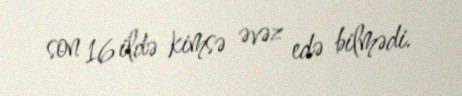
son 16 ildə kimsə əvəz edə bilmədi.